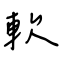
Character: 軟